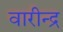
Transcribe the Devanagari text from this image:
वारीन्द्र